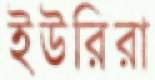
ইউরিরা